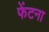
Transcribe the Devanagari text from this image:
फेंटना